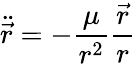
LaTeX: {\ddot{\vec{r}}}=-{\frac{\mu}{r^{2}}}{\frac{\vec{r}}{r}}